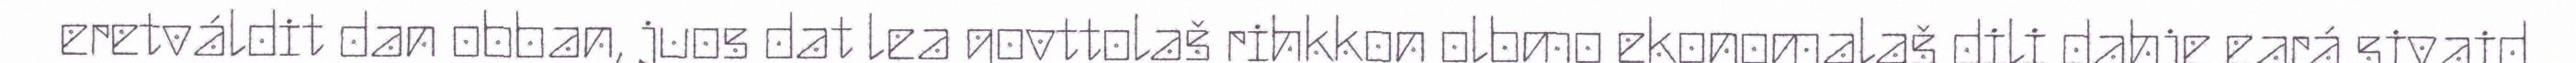
eretváldit dan obban, juos dat lea govttolaš rihkkon olbmo ekonomalaš dili dahje eará sivaid